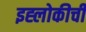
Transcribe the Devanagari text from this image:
इह्लोकीची